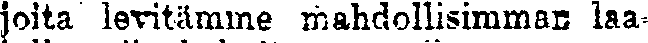
joita levitämme mahdollisimman laa-